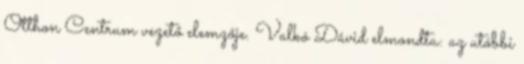
Otthon Centrum vezető elemzője. Valkó Dávid elmondta: az utóbbi